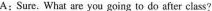
A：Sure. What are you going to do after class?